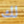
لك